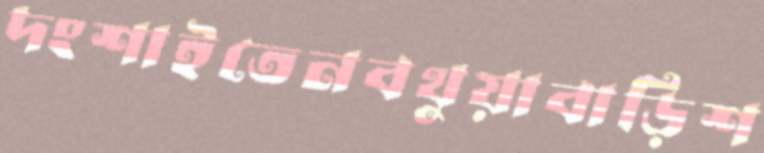
দংশাইতেনবথুয়াবাড়িশ